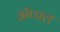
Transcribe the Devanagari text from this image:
अॅप्पल